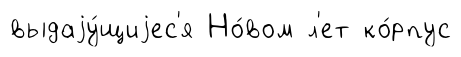
выдаjу́щиjес'я Но́вом л'ет ко́рпус